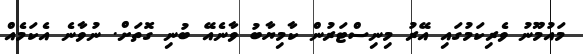
މައުމޫނު ވެރިކަމުގައި އޭރު މިނިސްޓަރުން ކާމިޔާބު ވާނެއޭ ބުނި ގޮތަށް. ނުވާނެ އެކަމެއް